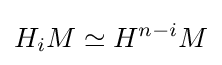
H_{i}M\simeq H^{n-i}M